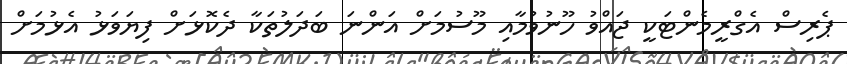
ޕެރިސް އެގްރީމެންޓަކީ ޖައްވު ހޫނުވުމާއި މޫސުމަށް އަންނަ ބަދަލުތަކާ ދެކޮޅަށް ފިޔަވަޅު އެޅުމަށް